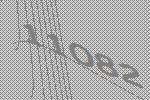
11082